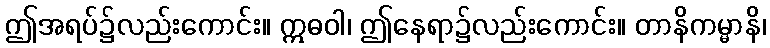
ဤအရပ်၌လည်းကောင်း။ ဣဓဝါ၊ ဤနေရာ၌လည်းကောင်း။ တာနိကမ္မာနိ၊